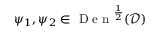
\psi _ { 1 } , \psi _ { 2 } \in \textrm { D e n } ^ { \frac { 1 } { 2 } } ( \mathcal { D } )